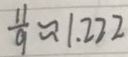
\frac { 1 1 } { 9 } \approx 1 . 2 2 2